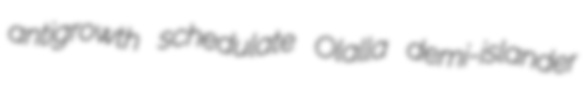
antigrowth schedulate Olalla demi-islander